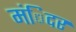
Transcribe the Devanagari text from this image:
मंिदर